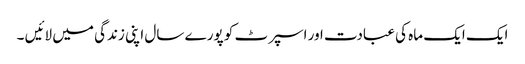
ایک ایک ماہ کی عبادت اور اسپرٹ کو پورے سال اپنی زندگی میں لائیں ۔